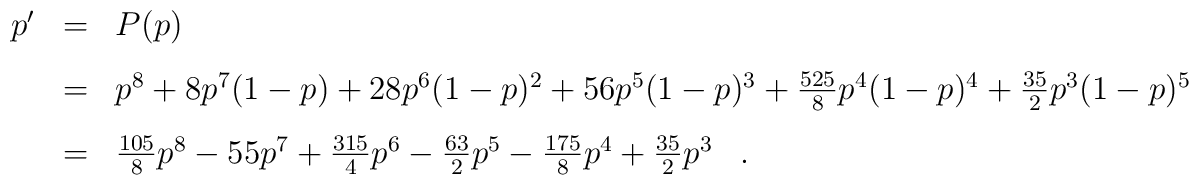
\begin{array}{rcl}p'& = & P(p)\\[3mm]& = & p^8+8p^7(1-p)+28p^6(1-p)^2+56p^5(1-p)^3+\frac{525}{8}p^4(1-p)^4+\frac{35}{2}p^3(1-p)^5 \\[3mm]& = & \frac{105}{8}p^8-55p^7+\frac{315}{4}p^6-\frac{63}{2}p^5-\frac{175}{8}p^4+\frac{35}{2}p^3\,\,\,\,\,.\,\,\,\,\,\end{array}